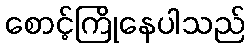
စောင့်ကြိုနေပါသည်